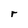
Character: r